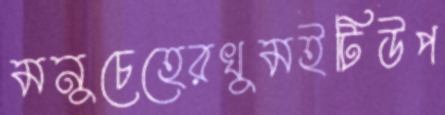
মনুচেহেরখুমইটিউপ